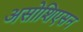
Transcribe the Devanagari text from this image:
असोशिएसन